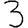
Digit: 3